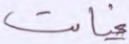
غيابت